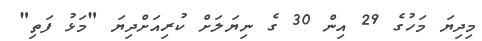
މިދިޔަ މަހުގެ 29 އިން 30 ގެ ނިޔަލަށް ކުރިއަށްދިޔަ "މަޅު ފަތި"